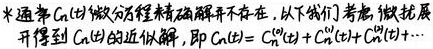
米通常 $C_n(t)$ 微分方程精确解并不存在，以下我们考虑，微扰展开得到 $C_n(t)$ 的近似解，即 $C_n(t)=C_n^{(0)}(t)+C_n^{(1)}(t)+C_n^{(2)}(t)+\cdots$